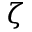
\zeta